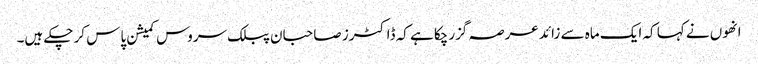
انھوں نے کہا کہ ایک ماہ سے زائد عرصہ گزرچکا ہے کہ ڈاکٹرز صاحبان پبلک سروس کمیشن پاس کر چکے ہیں۔